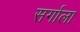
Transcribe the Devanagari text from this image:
सर्गाला